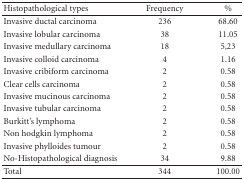
| Histopathological types | Frequency | % |
 | --- | --- | --- |
 | Invasive ductal carcinoma | 236 | 68.60 |
 | Invasive lobular carcinoma | 38 | 11.05 |
 | Invasive medullary carcinoma | 18 | 5,23 |
 | Invasive colloid carcinoma | 4 | 1.16 |
 | Invasive cribiform carcinoma | 2 | 0.58 |
 | Clear cells carcinoma | 2 | 0.58 |
 | Invasive mucinous carcinoma | 2 | 0.58 |
 | Invasive tubular carcinoma | 2 | 0.58 |
 | Burkitt's lymphoma | 2 | 0.58 |
 | Non hodgkin lymphoma | 2 | 0.58 |
 | Invasive phylloides tumour | 2 | 0.58 |
 | No-Histopathological diagnosis | 34 | 9.88 |
 | Total | 344 | 100.00 |